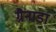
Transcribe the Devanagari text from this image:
ग्रैनाडा